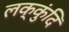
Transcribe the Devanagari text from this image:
लक्कुंदि